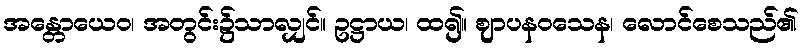
အန္တောယေဝ၊ အတွင်း၌သာလျှင်။ ဥဋ္ဌာယ၊ ထ၍။ ဈာပနဝသေန၊ လောင်စေသည်၏